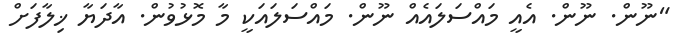
"ނޫން. ނޫން. އެއީ މައްސަލައެއް ނޫން. މައްސަލައަކީ މާ މޮޅުވުން. އާދަޔާ ޚިލާފަށް